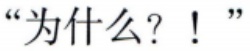
“为什么？！”